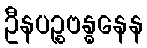
ဦနပဉ္စဗန္ဓနေန